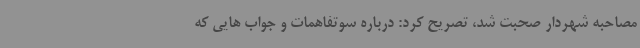
مصاحبه شهردار صحبت شد، تصریح کرد: درباره سوتفاهمات و جواب هایی که